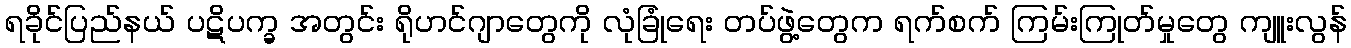
ရခိုင်ပြည်နယ် ပဋိပက္ခ အတွင်း ရိုဟင်ဂျာတွေကို လုံခြုံရေး တပ်ဖွဲ့တွေက ရက်စက် ကြမ်းကြုတ်မှုတွေ ကျူးလွန်